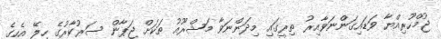
ޖުމްހޫރިއްޔާ ވަޑައިގަންނަވާއިރު ތިރީގައި މިދަންނަވާ މަޝްރޫއު ތަކަށް ޖަޕާން ސަރުކާރުގެ ހިލޭ އެހީގެ